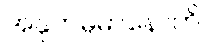
အနုကမ္ပမာနောတိ